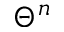
\Theta ^ { n }